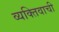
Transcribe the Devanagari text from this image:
व्यक्‍तिवाची